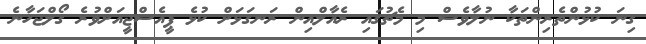
ގިނަ ކުޅުންތެރިންތަކާ ނުލާވެސް މި މެޗުގައި ރެއާލްއިން ރަނގަޅަށް ކުޅެ ޕީއެސްޖީއަށްވުރެ ގޯލްޖަހާނެ